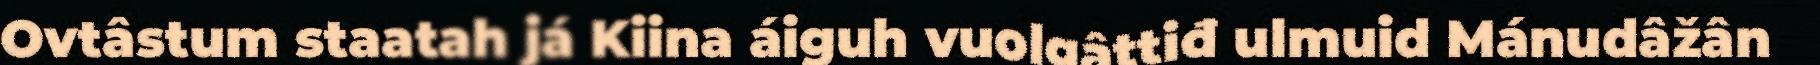
Ovtâstum staatah já Kiina áiguh vuolgâttiđ ulmuid Mánudâžân